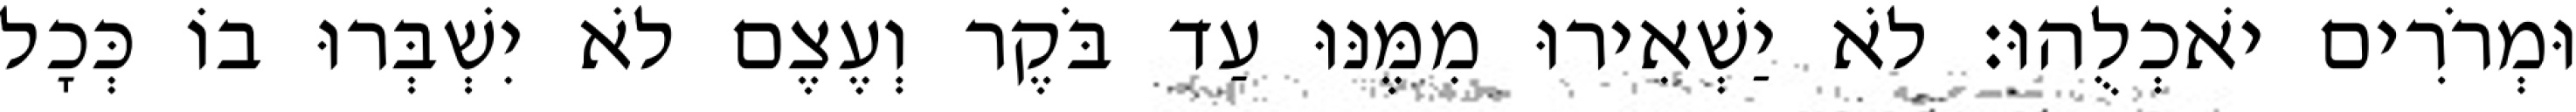
וּמְרֹרִים יֹאכְלֻהוּ׃ לֹא יַשְׁאִירוּ מִמֶּנּוּ עַד בֹּקֶר וְעֶצֶם לֹא יִשְׁבְּרוּ בוֹ כְּכָל